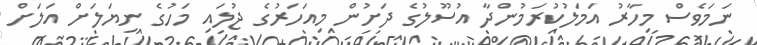
ނަމަވެސް މިހާރު އަމަލުކުރަމުންދާ އުސޫލުގެ ދަށުން މިއަހަރުގެ ޖުލައި މަހުގެ ނިޔަލަށް އަލަށް